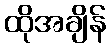
ထိုအချိန်